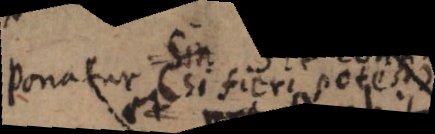
Ponatur (si fieri potest)